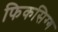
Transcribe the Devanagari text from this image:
फिकसिग्ग